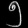
Digit: ၅